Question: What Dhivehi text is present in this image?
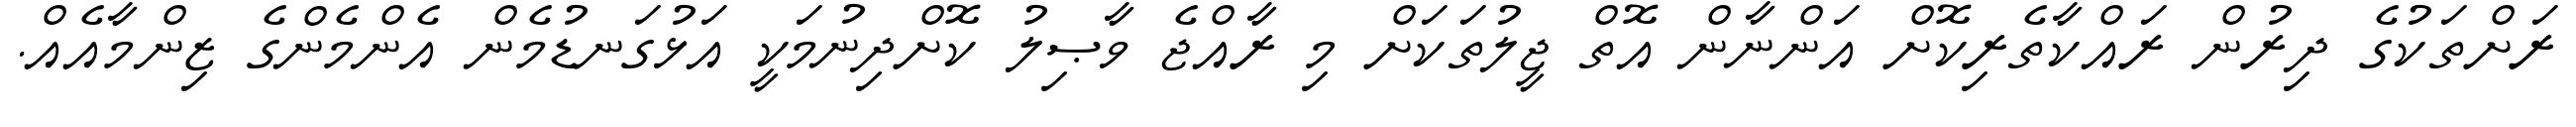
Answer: ރަށްތަކުގެ ދިރުން ރައްކާތެރިކޮށް އަންނާން އޮތް ޖީލުތަކަށް މި ރާއްޖެ ވާޞިލު ކޮށްދިނުމަކީ އަޅުގަނޑުމެން އެންމެންގެ ޒިންމާއެއް.